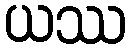
ယဿ